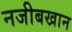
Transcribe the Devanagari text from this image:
नजीबखान